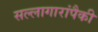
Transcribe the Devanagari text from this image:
सल्लागारांपैकी